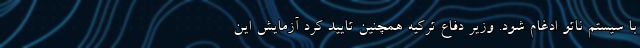
با سیستم ناتو ادغام شود. وزیر دفاع ترکیه همچنین تایید کرد آزمایش این